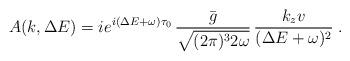
LaTeX: \begin{align*}A(k,\Delta E)=ie^{i(\Delta E +\omega)\tau_0} \, \frac{\bar{g}}{\sqrt{(2\pi)^3 2\omega}} \, \frac{k_z v}{(\Delta E +\omega)^2}\; .\end{align*}